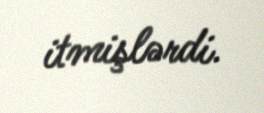
itmişlərdi.